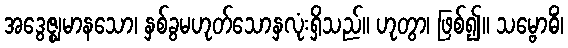
အဒွေဇ္ဈမာနသော၊ နှစ်ခွမဟုတ်သောနှလုံးရှိသည်။ ဟုတွာ၊ ဖြစ်၍။ သမ္ဗောဓိံ၊